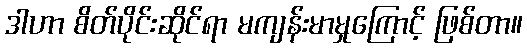
ဒါဟာ စိတ်ပိုင်းဆိုင်ရာ မကျန်းမာမှုကြောင့် ဖြစ်တာ။